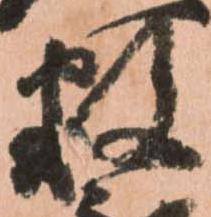
数